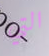
التي